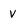
Character: V